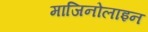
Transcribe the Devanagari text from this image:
माजिनोलाइन